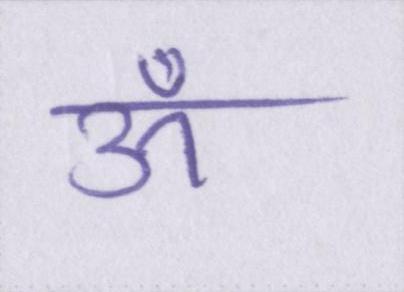
ऊँ